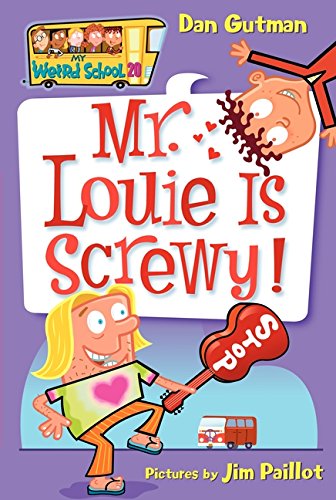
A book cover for My Weird School #20: Mr. Louie Is Screwy!; Dan Gutman; Children's Books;